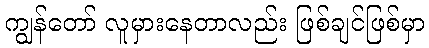
ကျွန်တော် လူမှားနေတာလည်း ဖြစ်ချင်ဖြစ်မှာ